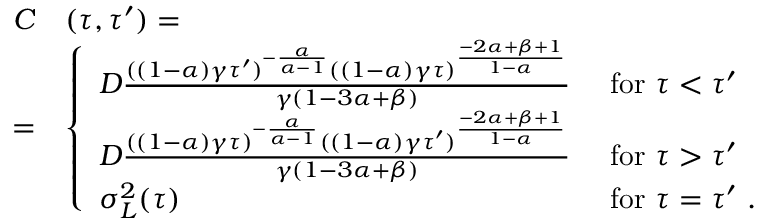
\begin{array} { r l } { C } & { ( \tau , \tau ^ { \prime } ) = } \\ { = } & { \left\{ \begin{array} { l l } { D \frac { ( ( 1 - \alpha ) \gamma \tau ^ { \prime } ) ^ { - \frac { \alpha } { \alpha - 1 } } ( ( 1 - \alpha ) \gamma \tau ) ^ { \frac { - 2 \alpha + \beta + 1 } { 1 - \alpha } } } { \gamma ( 1 - 3 \alpha + \beta ) } } & { \ \mathrm { f o r } \ \tau < \tau ^ { \prime } } \\ { D \frac { ( ( 1 - \alpha ) \gamma \tau ) ^ { - \frac { \alpha } { \alpha - 1 } } ( ( 1 - \alpha ) \gamma \tau ^ { \prime } ) ^ { \frac { - 2 \alpha + \beta + 1 } { 1 - \alpha } } } { \gamma ( 1 - 3 \alpha + \beta ) } } & { \ \mathrm { f o r } \ \tau > \tau ^ { \prime } } \\ { \sigma _ { L } ^ { 2 } ( \tau ) } & { \ \mathrm { f o r } \ \tau = \tau ^ { \prime } \ . } \end{array} \right. } \end{array}